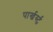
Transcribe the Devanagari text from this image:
पार्खर्स्ट्र